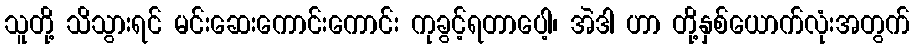
သူတို့ သိသွားရင် မင်းဆေးကောင်းကောင်း ကုခွင့်ရတာပေါ့၊ အဲဒါ ဟာ တို့နှစ်ယောက်လုံးအတွက်